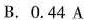
B. 0.44 A